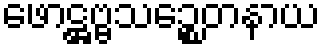
ဖောဋ္ဌဗ္ဗသဉ္စေတနာယ